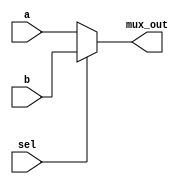
`timescale 1ns / 1ps

module MUX_4bit(a,b,sel,mux_out);

parameter n = 3;

input [n:0] a,b;
input sel;
output [n:0] mux_out;

assign mux_out = sel ? b: a;  //sel = 1, output = b, else output = a

endmodule